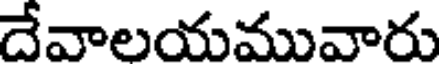
దేవాలయమువారు